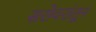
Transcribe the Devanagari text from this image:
सरोवरांतून